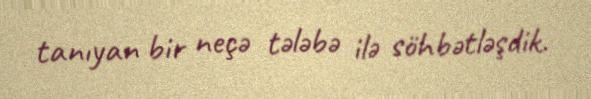
tanıyan bir neçə tələbə ilə söhbətləşdik.